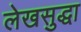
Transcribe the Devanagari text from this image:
लेखसुद्धा